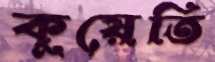
কুয়েতি